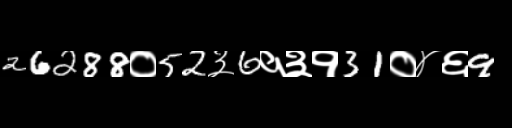
Text: 26288०52३6१३१31०४६9